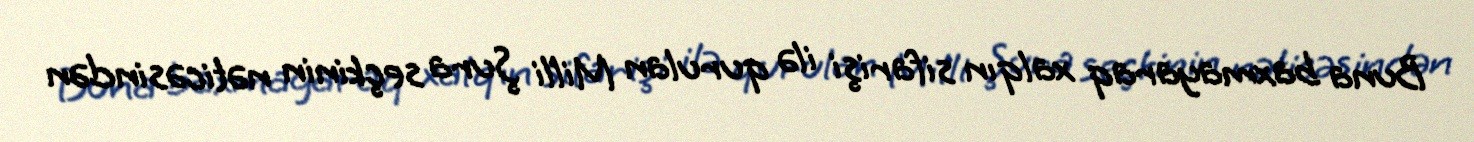
Buna baxmayaraq xalqın sifarişi ilə qurulan Milli Şura seçkinin nəticəsindən